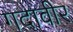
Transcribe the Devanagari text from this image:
गदावीर